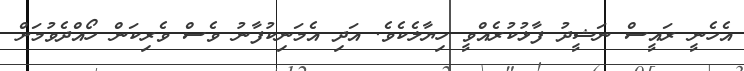
އެހެނީ ރައީސް ނަޝީދު ފާޅުކުރެއްވީ ހިޔާލެކެވެ. އަދި އެމަނިކުފާނު ވެސް ވެރިކަން ހޯއްދެވުމަށް